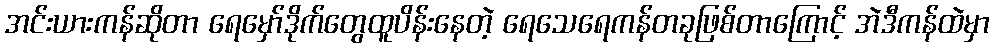
အင်းယားကန်ဆိုတာ ရေမှော်ဒိုက်တွေထူပိန်းနေတဲ့ ရေသေရေကန်တခုဖြစ်တာကြောင့် အဲဒီကန်ထဲမှာ